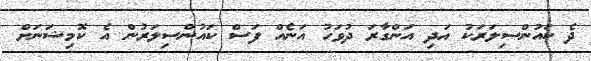
ދެ ކައުންސިލަރަކު އަދި އަންގާރަ ދުވަހު އަނެއް ފަސް ކައުންސިލަރުން އެ ކޮމިޝަނަށް